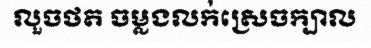
លួចថត ចម្លងលក់ស្រេចក្បាល